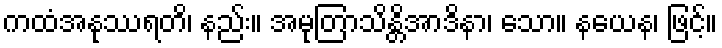
ကထံအနုဿရတိ၊ နည်း။ အမုတြာသိန္တိအာဒိနာ၊ သော။ နယေန၊ ဖြင့်။